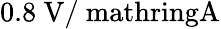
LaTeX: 0.8\ \mathrm{V/\ mathring{A}}